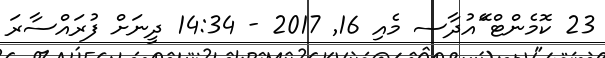
23 ކޮމެންޓް ޭައުދާސ މެއި 16